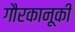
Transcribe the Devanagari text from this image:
गौरकानूकी